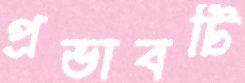
প্রভাবটি